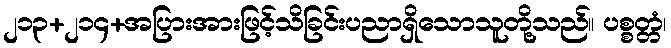
၂၁၃+၂၁၄+အပြားအားဖြင့်သိခြင်းပညာရှိသောသူတို့သည်။ ပစ္စတ္တံ၊